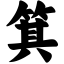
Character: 箕